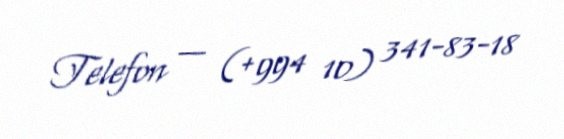
Telefon — (+994 10) 341-83-18